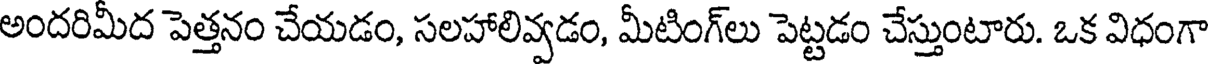
అందరిమీద పెత్తనం చేయడం, సలహాలివ్వడం, మీటింగ్లు పెట్టడం చేస్తుంటారు. ఒక విధంగా